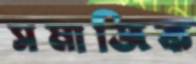
সমাজিক